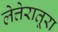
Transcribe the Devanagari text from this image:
लेत्तेरातूरा